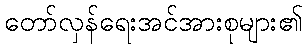
တော်လှန်ရေးအင်အားစုများ၏